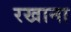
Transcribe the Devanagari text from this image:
रखाना